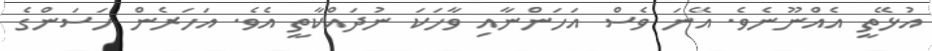
އުޅޭތީ އެއްނޫނެވެ. އޭނަ ވެސް އަހަންނާއި ވާހަކަ ނުދައްކާތީ އެވެ. އަހަރެން ހަސަންގެ